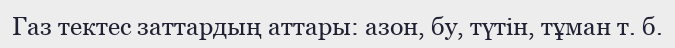
Газ тектес заттардың аттары: азон, бу, түтін, тұман т. б.